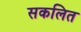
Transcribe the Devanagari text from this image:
सकलित